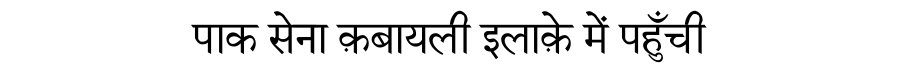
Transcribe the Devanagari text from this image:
पाक सेना क़बायली इलाक़े में पहुँची